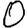
Digit: 0